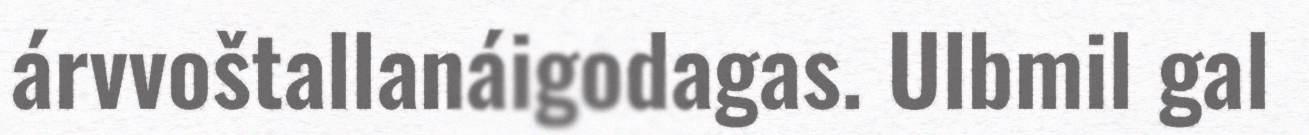
árvvoštallanáigodagas. Ulbmil gal